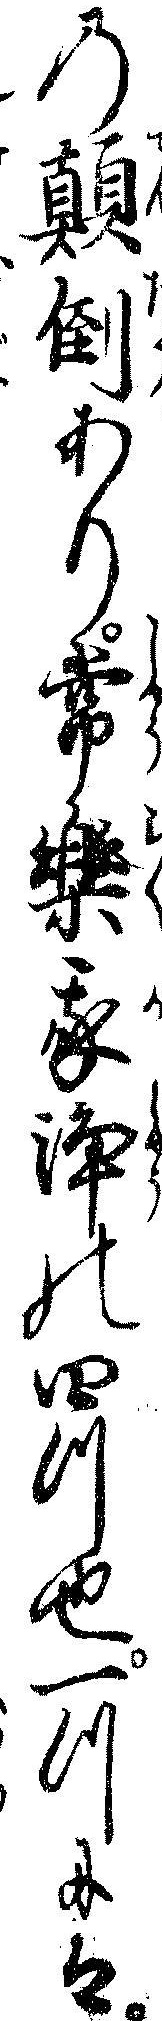
の顛倒あり常楽我浄の四つ也一つには